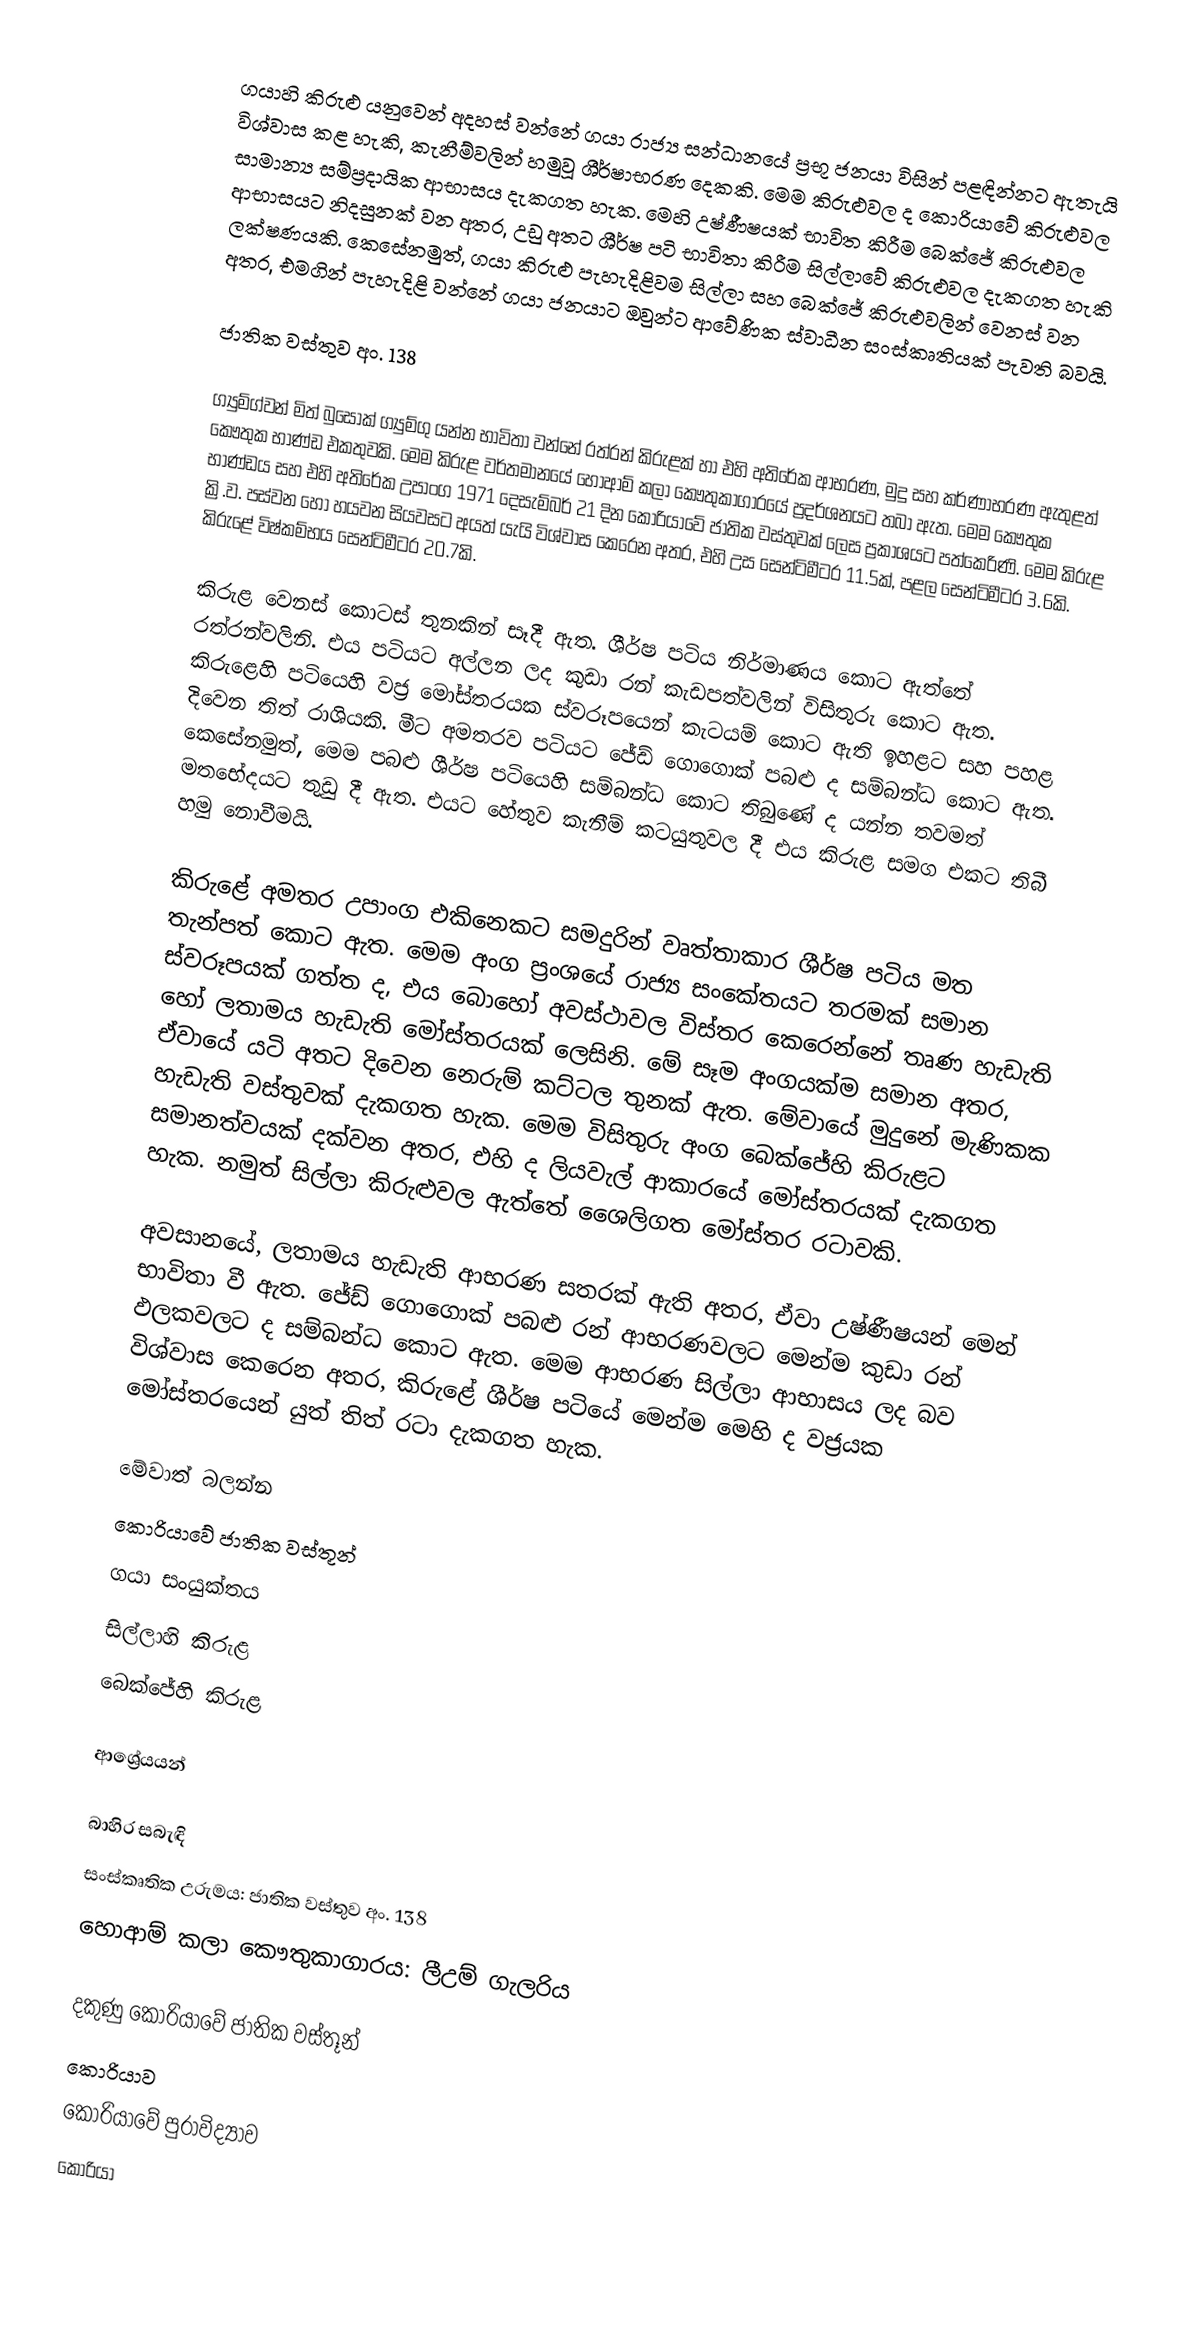
ගයාහි කිරුළු යනුවෙන් අදහස් වන්නේ ගයා රාජ්‍ය සන්ධානයේ ප්‍රභූ ජනයා විසින් පළඳින්නට ඇතැයි විශ්වාස කළ හැකි, කැනීම්වලින් හමුවූ ශීර්ෂාභරණ දෙකකි‍. මෙම කිරුළුවල ද කොරියාවේ කිරුළුවල සාමාන්‍ය සම්ප්‍රදායික ආභාසය දැකගත හැක. මෙහි උෂ්ණීෂයක් භාවිත කිරීම බෙක්ජේ කිරුළුවල ආභාසයට නිදසුනක් වන අතර, උඩු අතට ශීර්ෂ පටි භාවිතා කිරීම සිල්ලාවේ කිරුළුවල දැකගත හැකි ලක්ෂණයකි. කෙසේනමුත්, ගයා කිරුළු පැහැදිළිවම සිල්ලා සහ බෙ‍ක්ජේ කිරුළුවලින් වෙනස් වන අතර, එමගින් පැහැදිළි වන්නේ ගයා ජනයාට ඔවුන්ට ආවේණික ස්වාධීන සංස්කෘතියක් පැවති බවයි.

ජාතික වස්තුව අං. 138

ග්‍යුම්ග්වන් මිත් බුසොක් ග්‍යුම්ගු යන්න භාවිතා වන්නේ රත්රන් කිරුළක් හා එහි අතිරේක ආභරණ, මුදු සහ කර්ණාභරණ ඇතුළත් කෞතුක භාණ්ඩ එකතුවකි. මෙම කිරුළ වර්තමානයේ හොආම් කලා කෞතුකාගාරයේ ප්‍රදර්ශනයට තබා ඇත. මෙම කෞතුක භාණ්ඩය සහ එහි අතිරේක උපාංග 1971 දෙසැම්බර් 21 දින කොරියාවේ ජාතික වස්තුවක් ලෙස ප්‍රකාශයට පත්කෙරිණි. මෙම කිරුළ ක්‍රි.ව. පස්වන හෝ හයවන සියවසට අයත් යැයි විශ්වාස කෙරෙන අතර, එහි උස සෙන්ටිමීටර 11.5ක්, පළල සෙන්ටිමීටර 3.6කි. කිරුළේ විෂ්කම්භය සෙන්ටිමීටර 20.7කි.

කිරුළ වෙනස් කොටස් තුනකින් සෑදී ඇත. ශීර්ෂ පටිය නිර්මාණය කොට ඇත්තේ රත්රන්වලිනි. එය පටියට අල්ලන ලද කුඩා රන් කැඩපත්වලින් විසිතුරු කොට ඇත. කිරුළෙහි පටියෙහි වජ්‍ර මෝස්තරයක ස්වරූපයෙන් කැටයම් කොට ඇති ඉහළට සහ පහළ දිවෙන තිත් රාශියකි. මීට අමතරව පටියට ජේඩ් ගොගොක් පබළු ද සම්බන්ධ කොට ඇත. කෙසේනමුත්, මෙම පබළු ශීර්ෂ පටියෙහි සම්බන්ධ කොට තිබුණේ ද යන්න තවමත් මතභේදයට තුඩු දී ඇත. එයට හේතුව කැනීම් කටයුතුවල දී එය කිරුළ සමග එකට තිබී හමු නොවීමයි.

කිරුළේ අමතර උපාංග එකිනෙකට සමදුරින් වෘත්තාකාර ශීර්ෂ පටිය මත තැන්පත් කොට ඇත. මෙම අංග ප්‍රංශයේ රාජ්‍ය සංකේතයට තරමක් සමාන ස්වරූපයක් ගත්ත ද, එය බොහෝ අවස්ථාවල විස්තර කෙරෙන්නේ තෘණ හැඩැති හෝ ලතාමය හැඩැති මෝස්තරයක් ලෙසිනි. මේ සෑම අංගයක්ම සමාන අතර, ඒවායේ යටි අතට දිවෙන නෙරුම් කට්ටල තුනක් ඇත. මේවායේ මුදුනේ මැණිකක හැඩැති වස්තුවක් දැකගත හැක. මෙම විසිතුරු අංග බෙක්ජේහි කිරුළට සමානත්වයක් දක්වන අතර, එහි ද ලියවැල් ආකාරයේ මෝස්තරයක් දැකගත හැක. නමුත් සිල්ලා කිරුළුවල ඇත්තේ ශෛලිගත මෝස්තර රටාවකි.

අවසානයේ, ලතාමය හැඩැති ආභරණ සතරක් ඇති අතර, ඒවා උෂ්ණීෂයන් මෙන් භාවිතා වී ඇත. ජේඩ් ගොගොක් පබළු රන් ආභරණවලට මෙන්ම කුඩා රන් ඵලකවලට ද සම්බන්ධ කොට ඇත. මෙම ආභරණ සිල්ලා ‍ආභාසය ලද බව විශ්වාස කෙරෙන අතර, කිරුළේ ශීර්ෂ පටියේ මෙන්ම මෙහි ද වජ්‍රයක මෝස්තරයෙන් යුත් තිත් රටා දැකගත හැක.

මේවාත් බලන්න
කොරියාවේ ජාතික වස්තූන්
ගයා සංයුක්තය
සිල්ලාහි කිරුළ
බෙක්ජේහි කිරුළ

ආශ්‍රේයයන්

බාහිර සබැඳි
සංස්කෘතික උරුමය: ජාතික වස්තුව අං. 138
හොආම් කලා කෞතුකාගාරය: ලීඋම් ගැලරිය

දකුණු කොරියාවේ ජාතික වස්තූන්
කොරියාව
කොරියාවේ පුරාවිද්‍යාව
කොරියා